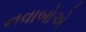
નવાબોએ